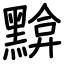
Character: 黭